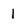
Character: 1